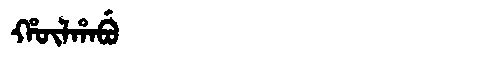
Manchu: ᡥᡡᠯᡥᠠᠪᡠ
Romanization: HŪLHABU